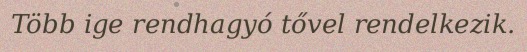
Több ige rendhagyó tővel rendelkezik.